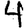
Digit: 4